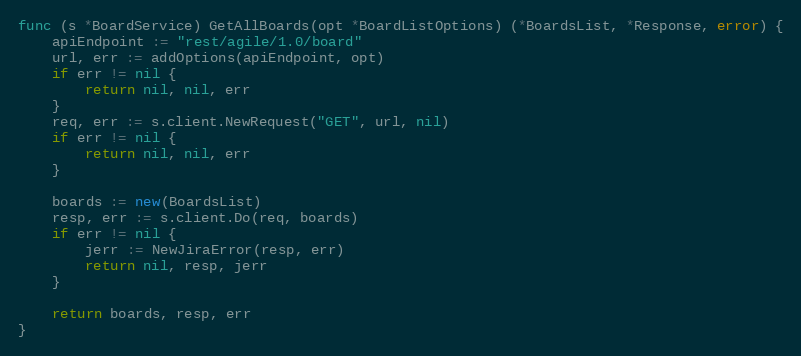
Language: Go
func (s *BoardService) GetAllBoards(opt *BoardListOptions) (*BoardsList, *Response, error) {
	apiEndpoint := "rest/agile/1.0/board"
	url, err := addOptions(apiEndpoint, opt)
	if err != nil {
		return nil, nil, err
	}
	req, err := s.client.NewRequest("GET", url, nil)
	if err != nil {
		return nil, nil, err
	}

	boards := new(BoardsList)
	resp, err := s.client.Do(req, boards)
	if err != nil {
		jerr := NewJiraError(resp, err)
		return nil, resp, jerr
	}

	return boards, resp, err
}